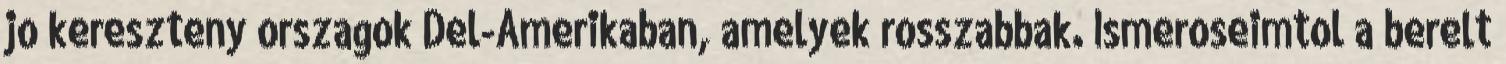
jo kereszteny orszagok Del-Amerikaban, amelyek rosszabbak. Ismeroseimtol a berelt